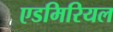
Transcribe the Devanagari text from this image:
एडमिरियल